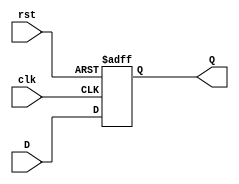
module FeedbackRegister #(
    parameter WIDTH = 8  // Parameter to define the width of the register
)(
    input wire clk,      // Clock signal
    input wire rst,      // Reset signal
    input wire [WIDTH-1:0] D, // Data input
    output reg [WIDTH-1:0] Q   // Data output
);

    // Always block triggered on the rising edge of the clock or reset
    always @(posedge clk or posedge rst) begin
        if (rst) begin
            Q <= {WIDTH{1'b0}}; // Reset the register to zero
        end else begin
            Q <= D; // Capture the input data on clock edge
        end
    end

endmodule